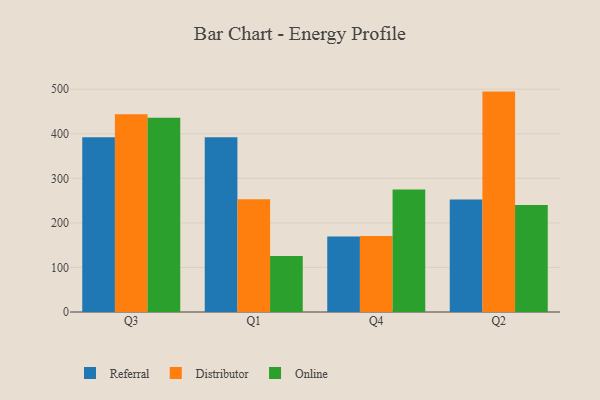
{"axis": {"x": "Quarter", "y": "Market Share (%)"}, "legend": ["Distributor", "Online", "Referral"], "data": [{"x": "Q3", "y": 392.2, "type": "Referral"}, {"x": "Q3", "y": 443.6, "type": "Distributor"}, {"x": "Q3", "y": 436.1, "type": "Online"}, {"x": "Q1", "y": 392.4, "type": "Referral"}, {"x": "Q1", "y": 253.2, "type": "Distributor"}, {"x": "Q1", "y": 125.9, "type": "Online"}, {"x": "Q4", "y": 169.5, "type": "Referral"}, {"x": "Q4", "y": 170.3, "type": "Distributor"}, {"x": "Q4", "y": 274.7, "type": "Online"}, {"x": "Q2", "y": 252.4, "type": "Referral"}, {"x": "Q2", "y": 494.6, "type": "Distributor"}, {"x": "Q2", "y": 240.2, "type": "Online"}]}